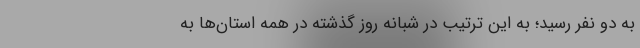
به دو نفر رسید؛ به این ترتیب در شبانه روز گذشته در همه استان‌ها به